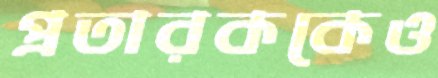
প্রতারককেও